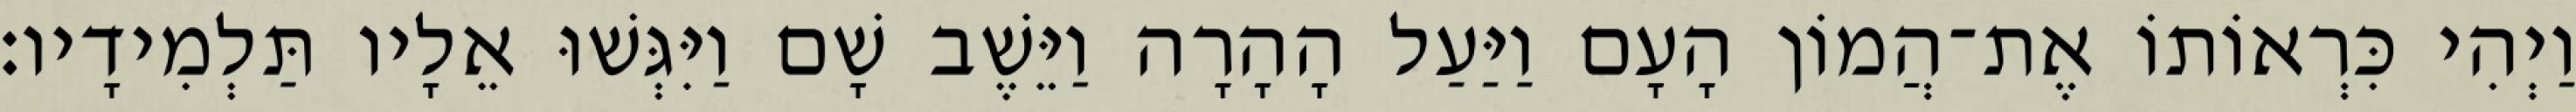
וַיְהִי כִּרְאוֹתוֹ אֶת־הֲמוֹן הָעָם וַיַּעַל הָהָרָה וַיֵּשֶׁב שָׁם וַיִּגְּשׁוּ אֵלָיו תַּלְמִידָיו׃